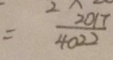
= \frac { 2 0 1 7 } { 4 0 2 2 }